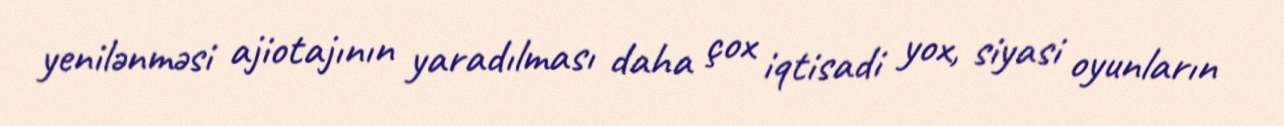
yenilənməsi ajiotajının yaradılması daha çox iqtisadi yox, siyasi oyunların